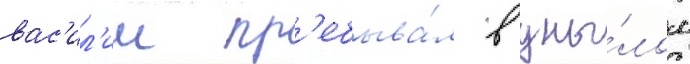
вас'ил'ии пр'ебыва́л в уны́лом